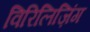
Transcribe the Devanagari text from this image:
विरिलिज़िंग